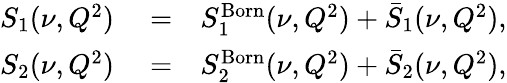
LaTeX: \begin{array}{rlr}{S_{1}(\nu,Q^{2})}&{{}=}&{S_{1}^{\mathrm{Born}}(\nu,Q^{2})+\bar{S}_{1}(\nu,Q^{2}),}\\ {S_{2}(\nu,Q^{2})}&{{}=}&{S_{2}^{\mathrm{Born}}(\nu,Q^{2})+\bar{S}_{2}(\nu,Q^{2}),}\end{array}